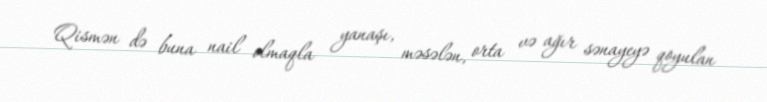
Qismən də buna nail olmaqla yanaşı, məsələn, orta və ağır sənayeyə qoyulan